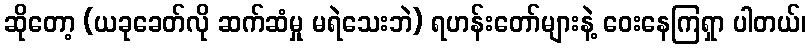
ဆိုတော့ (ယခုခေတ်လို ဆက်ဆံမှု မရဲသေးဘဲ) ရဟန်းတော်များနဲ့ ဝေးနေကြရှာ ပါတယ်၊